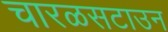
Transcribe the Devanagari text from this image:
चारळसटाउन